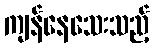
ကျန်နေသေးသည့်